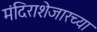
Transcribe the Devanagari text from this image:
मंदिराशेजारच्या